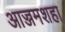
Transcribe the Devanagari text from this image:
आज्जमशहा